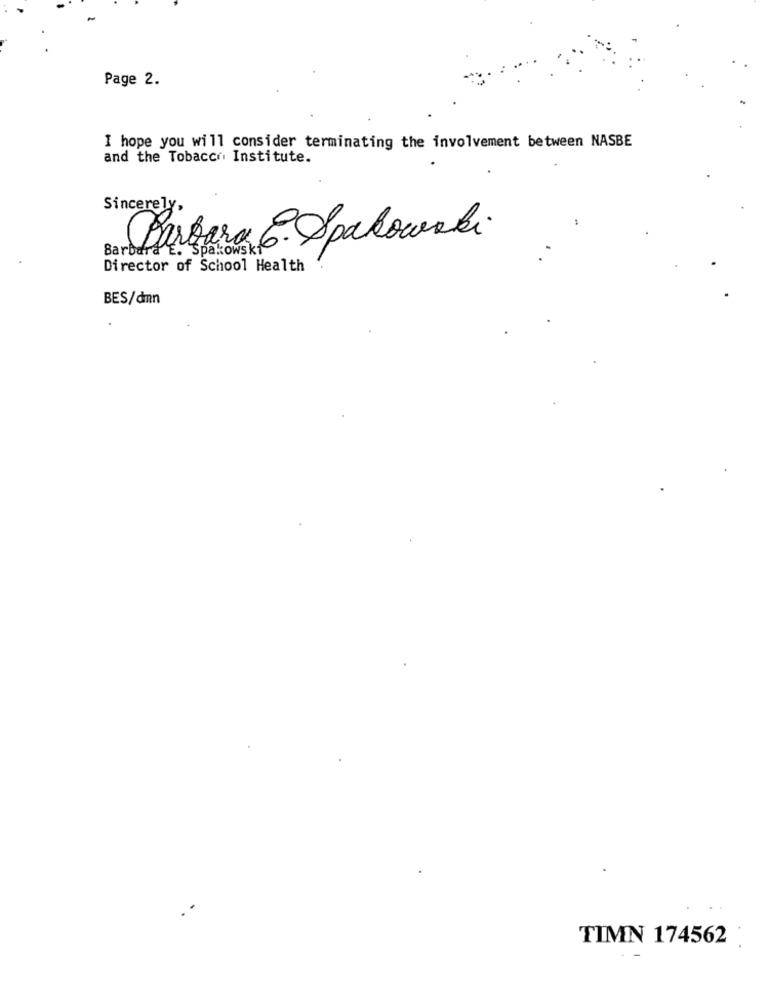
Page 2.
I hope you will consider terminating the involvement between NASBE
and the Tobacco Institute.
Sincerely,
Barbara 6. Opakowaki.
Barbara E. Spakowski
Director of School Health
BES/dmn
TIMN 174562